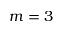
m = 3